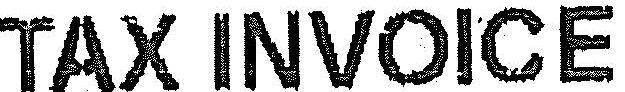
TAX INVOICE